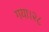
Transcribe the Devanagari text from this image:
गया।२८